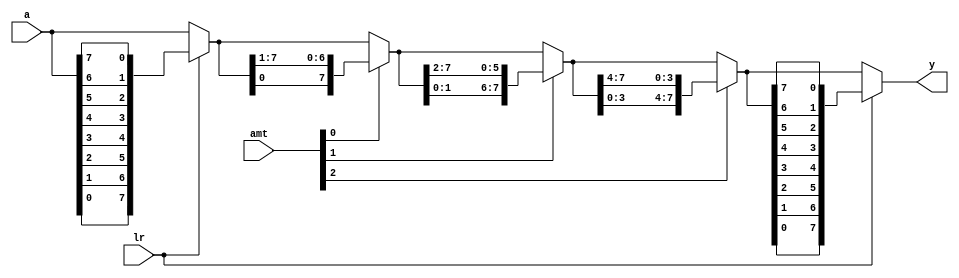
module barrel_shifter_r_8b(
    input [7:0] a,        //input bits to be shifted
    input lr,             //specifies shift direction by 1 bit. If 0, shift left. If 1, shift right
    input [2:0] amt,            //amount of bits to shift
    output reg [7:0] y    //shifted output bits either left or right
    );
    
    //temp register for reversing logic on left shift
    reg [7:0] temp;
    
    //stage registers to store shift values based on amt bit shift selection
    reg [7:0] s0, s1, s2;
    
    always @*
        begin
            if(lr) //if 1, shift left. reverse before and after right shift
                temp = {a[0], a[1], a[2], a[3], a[4], a[5], a[6], a[7]}; //reverse input a, prep for left shift
            else  //if 0, assign temp as a is for right shift below
                temp = a[7:0]; //no reverse for a, prep forshift right
                
            s0 = amt[0] ? {temp[0], temp[7:1]} : temp; //shift 1 or 0 bit right
            s1 = amt[1] ? {s0[1:0], s0[7:2]} : s0; //shift 2 or 0 bits right
            s2  = amt[2] ? {s1[3:0], s1[7:4]} : s1; //shift 4 or 0 bits right
            
            if(lr) //shift left, reverse order
                y = {s2[0], s2[1], s2[2], s2[3], s2[4], s2[5], s2[6], s2[7]};
            else //shift right, assign s2 output for right shifts
                y = s2[7:0];
        end
        
endmodule